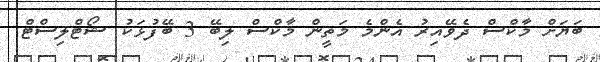
ބަޔަށް މާކްސް ދެވޭއިރު އެންމެ މަތީން މާކްސް ލިބޭ 3 ބޭފުޅަކު ޝޯޓްލިސްޓް